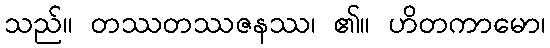
သည်။ တဿတဿဇနဿ၊ ၏။ ဟိတကာမော၊